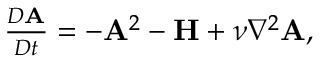
\begin{array} { r } { \frac { D { \mathbf { A } } } { D t } = - { \mathbf { A } } ^ { 2 } - { \mathbf { H } } + \nu \nabla ^ { 2 } { \mathbf { A } } , } \end{array}